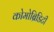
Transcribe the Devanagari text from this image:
कोमोब्रिडिटी